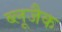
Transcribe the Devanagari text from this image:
ब्लूजैक